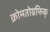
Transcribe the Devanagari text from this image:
क्रोमतोग्रफिक्